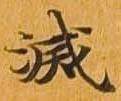
滅